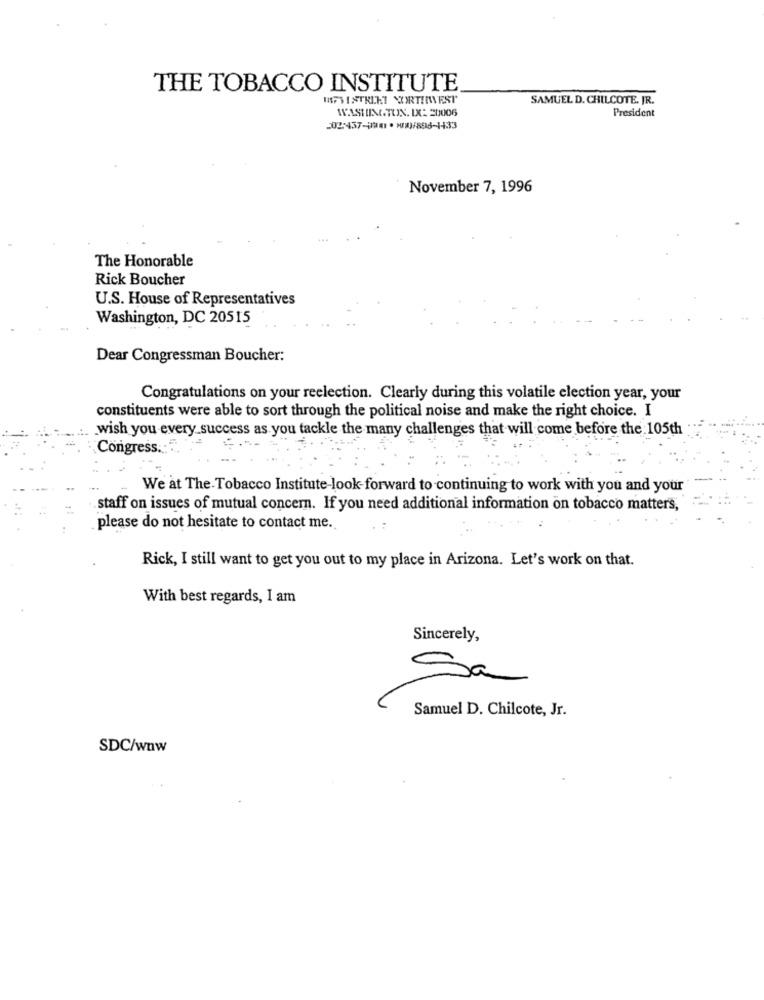
THE TOBACCO INSTITUTE
SAMUEL D. CHILCOTE. JR.
WASHINGTON. IX: 20006
President
502:437-1981 . 9X3/896-1433
November 7, 1996
The Honorable
Rick Boucher
U.S. House of Representatives
Washington, DC 20515
Dear Congressman Boucher:
Congratulations on your reelection. Clearly during this volatile election year, your
constituents were able to sort through the political noise and make the right choice. I
wish you every success as you tackle the many challenges that will come before the 105th
Congress .:...
-
We at The Tobacco Institute-look-forward to continuing to work with you and your
staff on issues of mutual concern. If you need additional information on tobacco matters,
please do not hesitate to contact me.
Rick, I still want to get you out to my place in Arizona. Let's work on that.
With best regards, I am
Sincerely,
Sa
Samuel D. Chilcote, Jr.
SDC/wnw